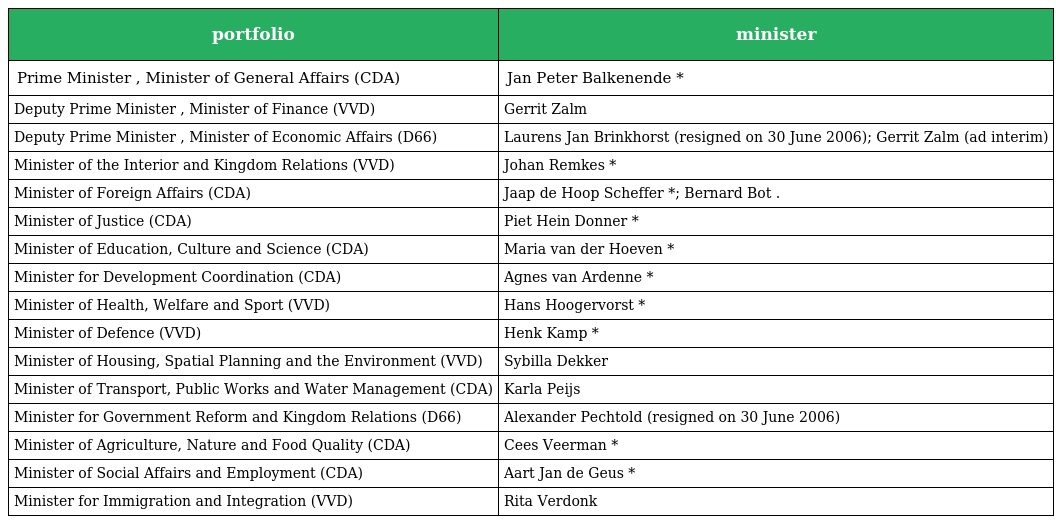
| portfolio | minister |
 | --- | --- |
 | Prime Minister , Minister of General Affairs (CDA) | Jan Peter Balkenende * |
 | Deputy Prime Minister , Minister of Finance (VVD) | Gerrit Zalm |
 | Deputy Prime Minister , Minister of Economic Affairs (D66) | Laurens Jan Brinkhorst (resigned on 30 June 2006); Gerrit Zalm (ad interim) |
 | Minister of the Interior and Kingdom Relations (VVD) | Johan Remkes * |
 | Minister of Foreign Affairs (CDA) | Jaap de Hoop Scheffer *; Bernard Bot . |
 | Minister of Justice (CDA) | Piet Hein Donner * |
 | Minister of Education, Culture and Science (CDA) | Maria van der Hoeven * |
 | Minister for Development Coordination (CDA) | Agnes van Ardenne * |
 | Minister of Health, Welfare and Sport (VVD) | Hans Hoogervorst * |
 | Minister of Defence (VVD) | Henk Kamp * |
 | Minister of Housing, Spatial Planning and the Environment (VVD) | Sybilla Dekker |
 | Minister of Transport, Public Works and Water Management (CDA) | Karla Peijs |
 | Minister for Government Reform and Kingdom Relations (D66) | Alexander Pechtold (resigned on 30 June 2006) |
 | Minister of Agriculture, Nature and Food Quality (CDA) | Cees Veerman * |
 | Minister of Social Affairs and Employment (CDA) | Aart Jan de Geus * |
 | Minister for Immigration and Integration (VVD) | Rita Verdonk |